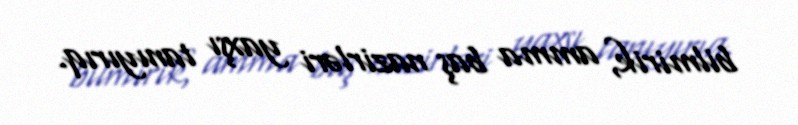
bilmirik, amma baş nazirləri yaxşı tanıyırıq.